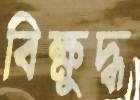
বিক্ষুদ্ধ